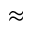
\approx